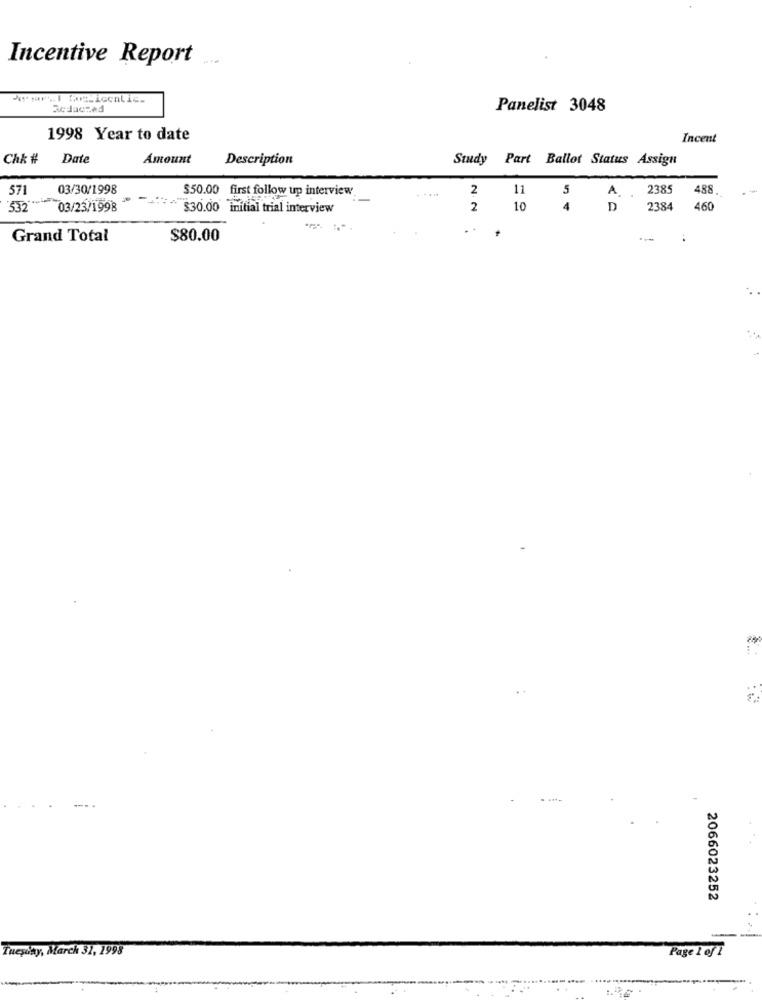
Incentive Report
*** ari Coicealic-
Panelist 3048
1998 Year to date
Incent
Chk #
Date
Amount
Description
Study Part Ballot Status Assign
571
03/30/1998
$50.00 first follow up interview.
2
11
5
A
2385
488.
532
03/23/1998
$30.00 initial trial interview
2
10
4
D
2384
460
-
Grand Total
$80.00
2066023252
Tuesday, March 32, 1998
Page 1of1